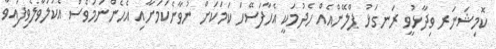
ކޮމިޝަނަރ ވިދާޅުވީ ރަނގަޅު ޕްލޭންއެއް ހެދުމަކީ އެހާފަސޭހަ ކަމަކަށް ނުވާނެކަމަށާއި އެހެންނަމަވެސް އެކުލަވާލެވިފައިވާ